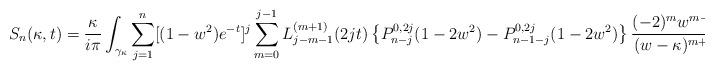
LaTeX: \begin{align*}S_n(\kappa,t) &= \frac{\kappa}{i\pi}\int_{\gamma_{\kappa}}\sum_{j=1}^n[(1-w^2)e^{-t}]^j \sum_{m= 0}^{j-1}L_{j-m-1}^{(m+1)}(2jt) \left\{P_{n-j}^{0,2j}(1-2w^2) - P_{n-1-j}^{0,2j}(1-2w^2)\right\}\frac{(-2)^mw^{m-1}}{(w-\kappa)^{m+1}}dw.\end{align*}